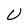
Character: U